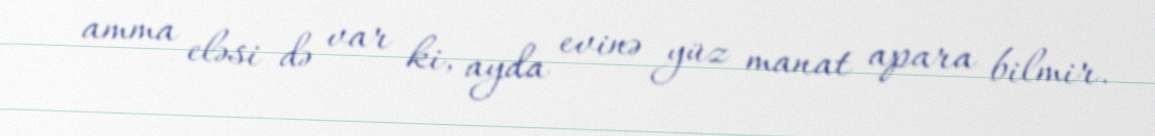
amma eləsi də var ki, ayda evinə yüz manat apara bilmir.